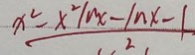
\frac { x ^ { 2 } - x ^ { 2 } / n x - / n x - 1 } { 2 }